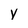
Character: y